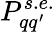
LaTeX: P_{qq^{\prime}}^{s.e.}